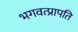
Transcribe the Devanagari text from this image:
भगवत्प्रापति